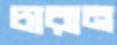
চারান